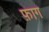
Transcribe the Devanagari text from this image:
फ़ाग